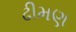
ઢીમણ